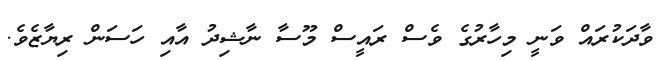
ވާދަކުރައް ވަނީ މިހާރުގެ ވެސް ރައީސް މޫސާ ނާޝިދު އާއި ހަސަން ރިޔާޒެވެ.